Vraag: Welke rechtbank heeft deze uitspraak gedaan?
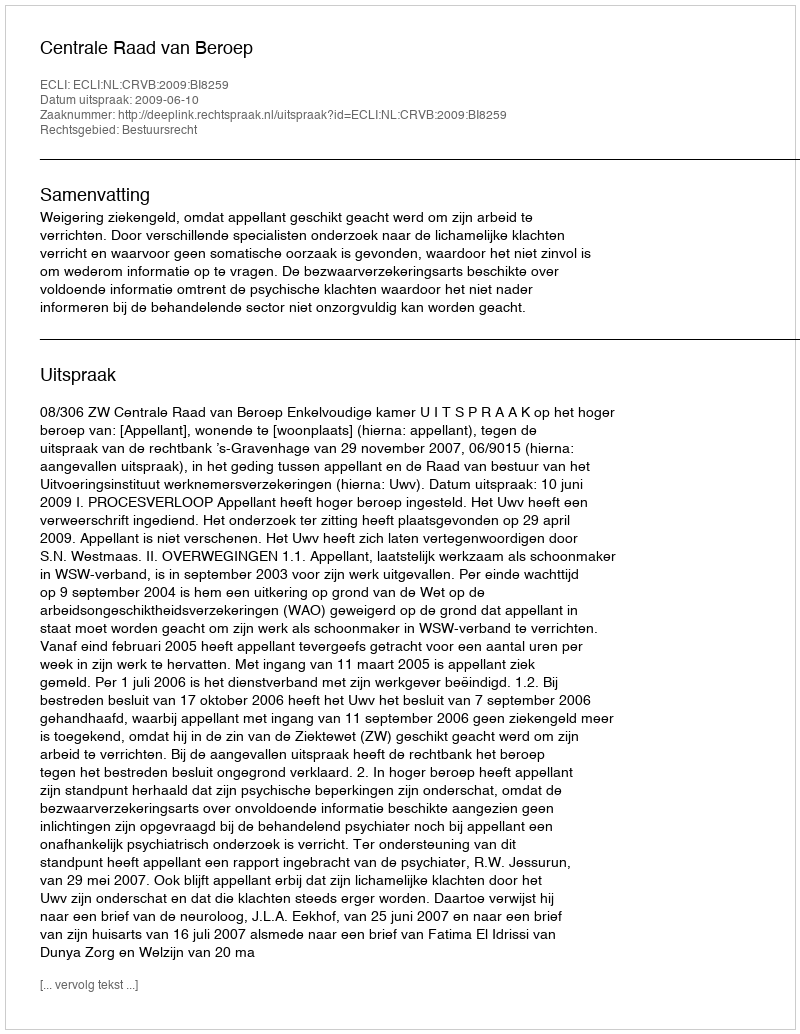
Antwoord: Centrale Raad van Beroep